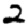
Digit: 2